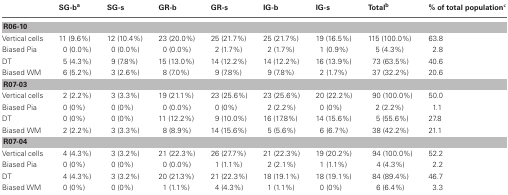
|  | SG-ba | SG-s | GR-b | GR-s | IG-b | IG-s | Totalb | % of total populationc |
 | --- | --- | --- | --- | --- | --- | --- | --- | --- |
 | <COLSPAN=9> R06-10 |
 | Vertical cells | 11 (9.6%) | 12 (10.4%) | 23 (20.0%) | 25 (21.7%) | 25 (21.7%) | 19 (16.5%) | 115 (100.0%) | 63.8 |
 | Biased Pia | 0 (0.0%) | 0 (0.0%) | 0 (0.0%) | 2 (1.7%) | 2 (1.7%) | 1 (0.9%) | 5 (4.3%) | 2.8 |
 | DT | 5 (4.3%) | 9 (7.8%) | 15 (13.0%) | 14 (12.2%) | 14 (12.2%) | 16 (13.9%) | 73 (63.5%) | 40.6 |
 | Biased WM | 6 (5.2%) | 3 (2.6%) | 8 (7.0%) | 9 (7.8%) | 9 (7.8%) | 2 (1.7%) | 37 (32.2%) | 20.6 |
 | <COLSPAN=9> R07-03 |
 | Vertical cells | 2 (2.2%) | 3 (3.3%) | 19 (21.1%) | 23 (25.6%) | 23 (25.6%) | 20 (22.2%) | 90 (100.0%) | 50.0 |
 | Biased Pia | 0 (0%) | 0 (0%) | 0 (0.0%) | 0 (0%) | 2 (2.2%) | 0 (0%) | 2 (2.2%) | 1.1 |
 | DT | 0 (0%) | 0 (0%) | 11 (12.2%) | 9 (10.0%) | 16 (17.8%) | 14 (15.6%) | 5 (55.6%) | 27.8 |
 | Biased WM | 2 (2.2%) | 3 (3.3%) | 8 (8.9%) | 14 (15.6%) | 5 (5.6%) | 6 (6.7%) | 38 (42.2%) | 21.1 |
 | <COLSPAN=9> R07-04 |
 | Vertical cells | 4 (4.3%) | 3 (3.2%) | 21 (22.3%) | 26 (27.7%) | 21 (22.3%) | 19 (20.2%) | 94 (100.0%) | 52.2 |
 | Biased Pia | 0 (0%) | 0 (0%) | 0 (0.0%) | 1 (1.1%) | 2 (2.1%) | 1 (1.1%) | 4 (4.3%) | 2.2 |
 | DT | 4 (4.3%) | 3 (3.2%) | 20 (21.3%) | 21 (22.3%) | 18 (19.1%) | 18 (19.1%) | 84 (89.4%) | 46.7 |
 | Biased WM | 0 (0%) | 0 (0%) | 1 (1.1%) | 4 (4.3%) | 1 (1.1%) | 0 (0%) | 6 (6.4%) | 3.3 |